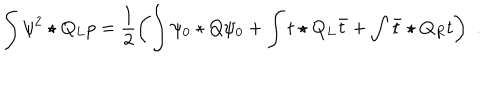
\int \psi ^ { 2 } \star Q _ { L } p = \frac { 1 } { 2 } \left( \int \psi _ { 0 } \star Q \psi _ { 0 } + \int t \star Q _ { L } \bar { t } + \int \bar { t } \star Q _ { R } t \right) \, \, .